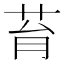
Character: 𦮌